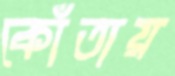
কোঁতায়